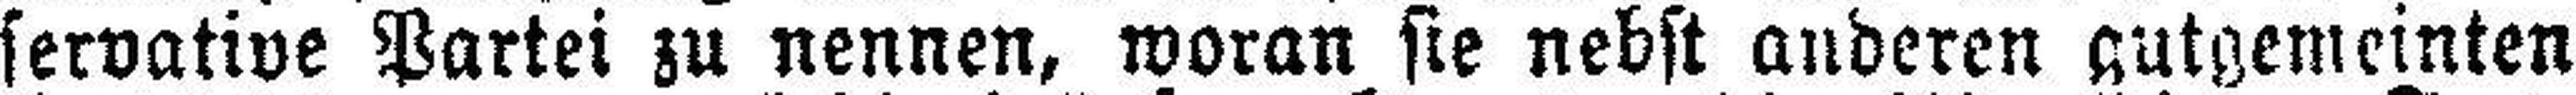
servative Partei zu nennen, woran sie nebst anderen gutgemeinten